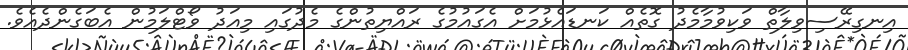
އިނގިރޭސިވިލާތް ވަކިވުމާމެދު ގޮތެއް ކަނޑައެޅުމަށް އެގައުމުގެ ރައްޔިތުންގެ މެދުގައި މިއަދު ވޯޓްލަމުން އެބަގެންދެއެވެ.